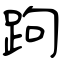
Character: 跔